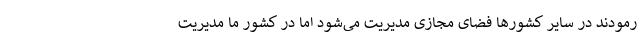
رمودند در سایر کشورها فضای مجازی مدیریت می‌شود اما در کشور ما مدیریت